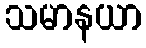
သမာနယာ